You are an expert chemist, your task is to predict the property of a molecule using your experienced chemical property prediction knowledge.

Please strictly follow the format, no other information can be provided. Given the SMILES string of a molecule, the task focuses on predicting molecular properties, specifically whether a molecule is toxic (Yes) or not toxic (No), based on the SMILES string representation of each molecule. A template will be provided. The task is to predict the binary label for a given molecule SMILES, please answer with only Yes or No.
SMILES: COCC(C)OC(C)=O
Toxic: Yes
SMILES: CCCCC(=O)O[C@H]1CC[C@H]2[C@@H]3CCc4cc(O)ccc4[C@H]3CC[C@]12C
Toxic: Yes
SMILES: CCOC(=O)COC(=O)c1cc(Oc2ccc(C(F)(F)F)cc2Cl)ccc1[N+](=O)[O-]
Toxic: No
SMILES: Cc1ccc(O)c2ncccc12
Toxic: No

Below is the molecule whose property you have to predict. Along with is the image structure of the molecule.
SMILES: CCCCC(CC)COCC1CO1
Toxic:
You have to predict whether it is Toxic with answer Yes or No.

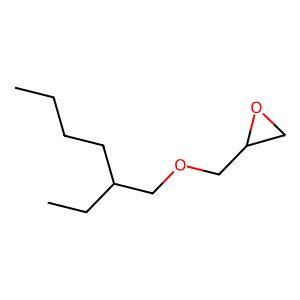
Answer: No